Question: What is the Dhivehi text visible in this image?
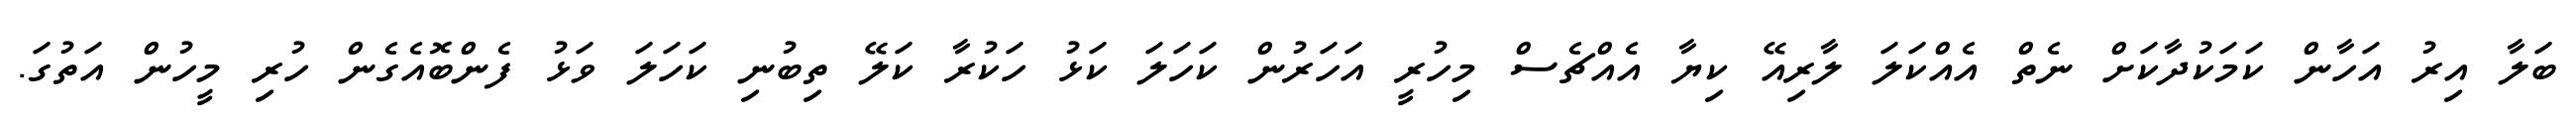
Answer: ބަލާ އިރު އަހާން ކަމަކުދާކަށް ނެތް އެއްކަލަ ލާރިއޭ ކިޔާ އެއްޗެސް މިހުރީ އަހަރުން ކަހަލަ ކަޅު ހަކުރާ ކަލޭ ތިބުނި ކަހަލަ ވަޅު ފެންބޮއެގެން ހުރި މީހުން އަތުގަ.